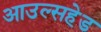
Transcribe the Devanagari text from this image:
आउल्सहेड